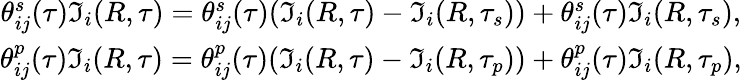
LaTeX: \begin{array}{c}{{\theta_{ij}^{s}(\tau)\Im_{i}(R,\tau)=\theta_{ij}^{s}(\tau)(\Im_{i}(R,\tau)-\Im_{i}(R,\tau_{s}))+\theta_{ij}^{s}(\tau)\Im_{i}(R,\tau_{s}),}}\\ {{\theta_{ij}^{p}(\tau)\Im_{i}(R,\tau)=\theta_{ij}^{p}(\tau)(\Im_{i}(R,\tau)-\Im_{i}(R,\tau_{p}))+\theta_{ij}^{p}(\tau)\Im_{i}(R,\tau_{p}),}}\end{array}